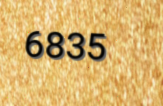
6835